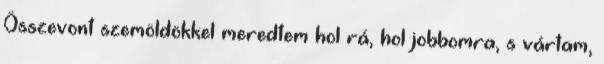
Összevont szemöldökkel meredtem hol rá, hol jobbomra, s vártam,